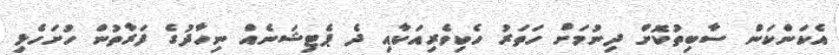
އެކަންކަން ސާބިތުކޮށް ދިނުމަށް ހަތަރު ހެކިވެރިއަކާއި ދެ ޕެޓިޝަނެއް ނިހާދުގެ ފަރާތުން ހުށަހެޅި